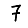
Digit: 7